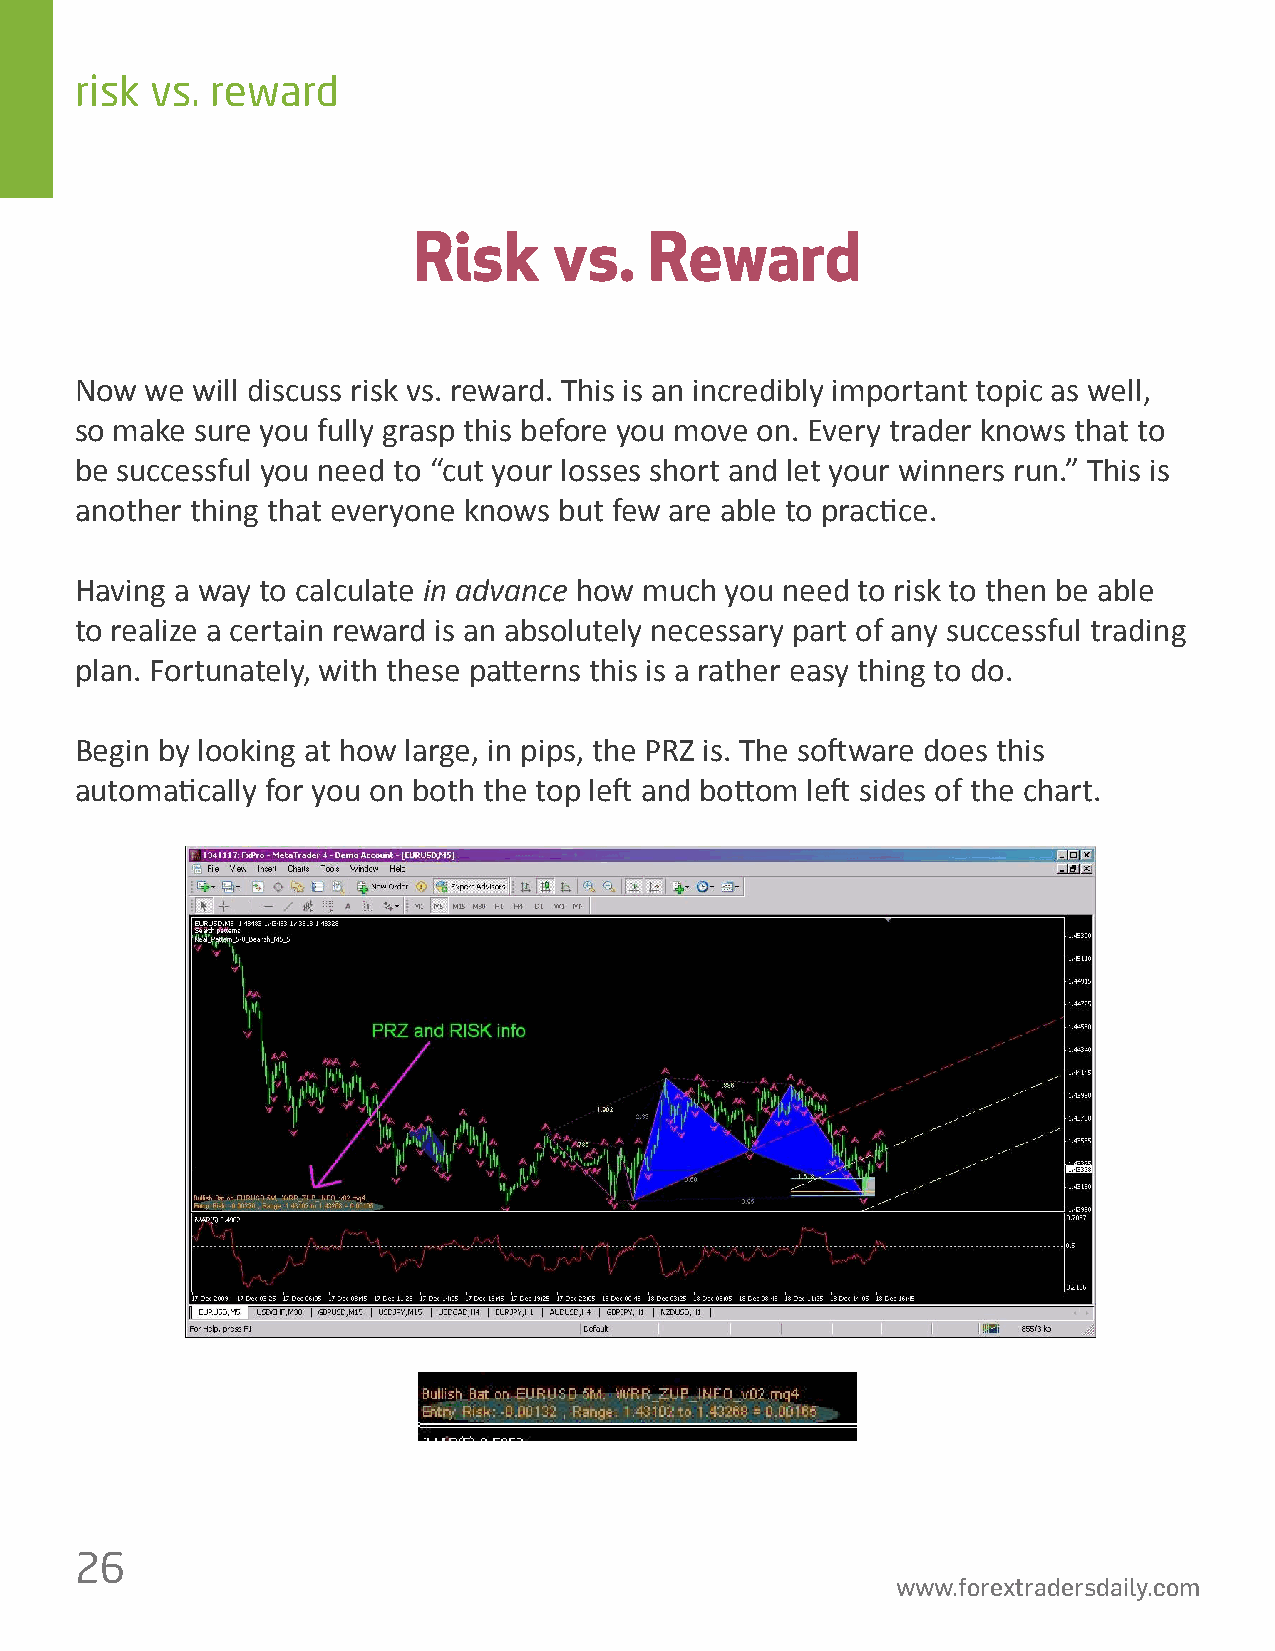
risk vs. reward
 Risk      vs.   Reward
 Now  we will discuss risk vs. reward. This is an incredibly important topic as well,
 so make sure you fully grasp this before you move on. Every trader knows that to
 be successful you need to “cut your losses short and let your winners run.” This is
 another thing that everyone knows but few are able to prac琀椀ce.
 Having a way to calculate in advance how much you need to risk to then be able
 to realize a certain reward is an absolutely necessary part of any successful trading
 plan. Fortunately, with these pa琀琀erns this is a rather easy thing to do.
 Begin by looking at how large, in pips, the PRZ is. The so昀琀ware does this
 automa琀椀cally for you on both the top le昀琀 and bo琀琀om le昀琀 sides of the chart.
 26
 www.forextradersdaily.com